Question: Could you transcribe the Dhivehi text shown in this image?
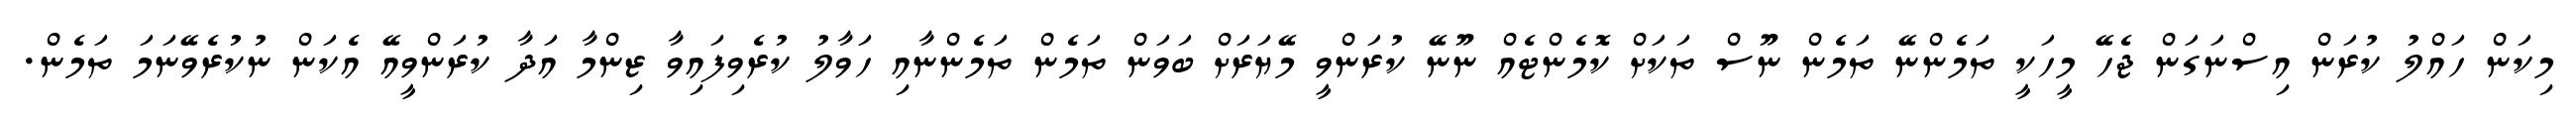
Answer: މިކަން ހައްލު ކުރަން އިސްނަގަން ޖެހޭ މީހަކީ ތަމެންނޭ ތަމެން ނޫސް ތަކަށް ކޮމެންޓެއް ނޫނޭ ކުރަންވީ މޭޔަރަށް ބަވަން ތަމެން ތަމެންނާއި ހަވާލު ކުރެވިފައިވާ ޒިންމާ އަދާ ކުރަންވީއޭ އެކަން ނުކުރެވޭނަމަ ތަމެން.